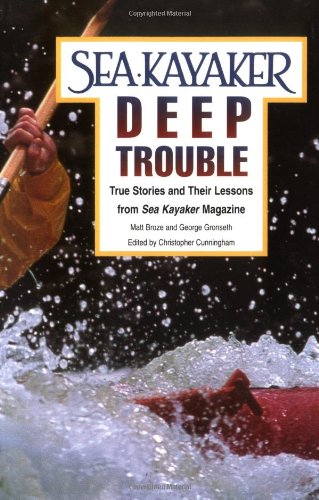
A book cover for Sea Kayaker's Deep Trouble: True Stories and Their Lessons from Sea Kayaker Magazine; Matt Broze; Sports & Outdoors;